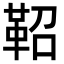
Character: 鞀